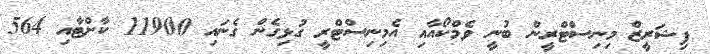
ފިޝަރީޒް މިނިސްޓްރީން ބުނީ ވެމްކޯއާއި އެމިނިސްޓްރީ ގުޅިގެން ގެނައި 11900 ކާށްޓާއި 564